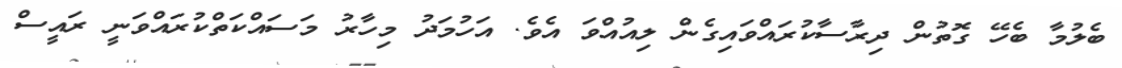
ބެލުމާ ބެހޭ ގޮތުން ދިރާސާކުރައްވައިގެން ލިއުއްވަ އެވެ. އަހުމަދު މިހާރު މަސައްކަތްކުރައްވަނީ ރައީސް